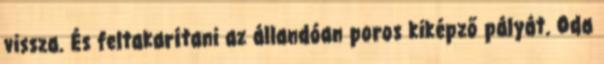
vissza. És feltakarítani az állandóan poros kiképző pályát. Oda